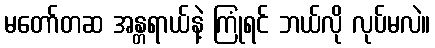
မတော်တဆ အန္တရာယ်နဲ့ ကြုံရင် ဘယ်လို လုပ်မလဲ။